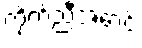
ကိုက်ညီအောင်